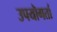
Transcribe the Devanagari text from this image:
उपयॊगर्ता